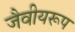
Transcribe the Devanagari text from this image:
जैवीयरूप